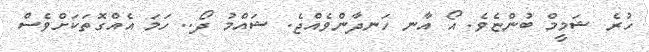
ހުރެ ޝަމީމް ބުންޏެވެ. އޯ އާނ ހަނދާންވެއްޖެ. ޝައްމު ދޯ.. ހަމަ އެއްގޮތަކަށްވެސް